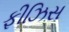
ફીઝિસ